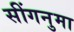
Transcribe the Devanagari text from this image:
सींगनुमा